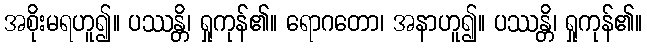
အစိုးမရဟူ၍။ ပဿန္တိ၊ ရှုကုန်၏။ ရောဂတော၊ အနာဟူ၍။ ပဿန္တိ၊ ရှုကုန်၏။